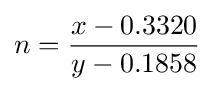
n={\frac {x-0.3320}{y-0.1858}}